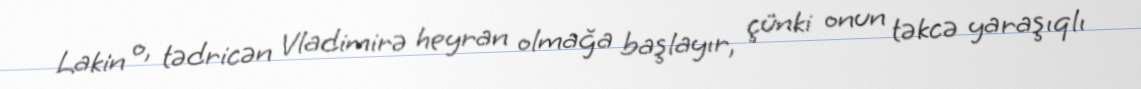
Lakin o, tədricən Vladimirə heyran olmağa başlayır, çünki onun təkcə yaraşıqlı